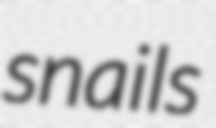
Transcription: snails